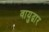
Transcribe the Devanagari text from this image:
वायुद्वार